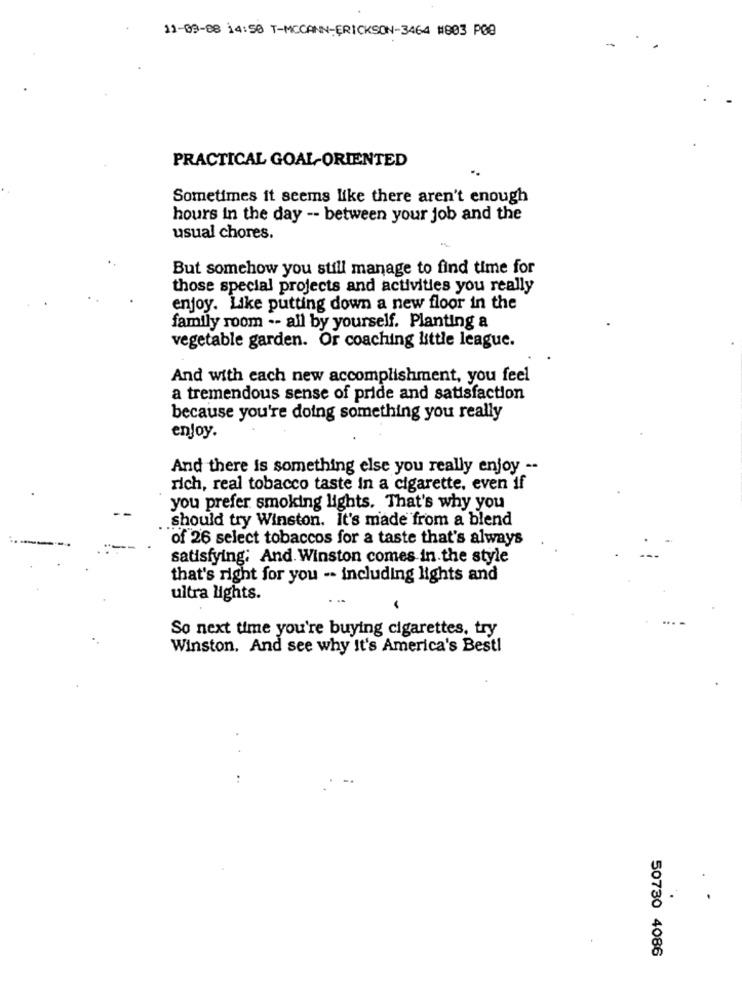
11-09-08 14:50 T-MCCANN-ERICKSON-3464 #803 P00
PRACTICAL GOAL-ORIENTED
Sometimes it seems like there aren't enough
hours in the day -- between your job and the
usual chores.
But somehow you still manage to find time for
those special projects and activities you really
enjoy. Like putting down a new floor in the
family room -- all by yourself. Planting a
vegetable garden. Or coaching little league.
And with each new accomplishment, you feel
a tremendous sense of pride and satisfaction
because you're doing something you really
enjoy.
And there is something else you really enjoy --
rich, real tobacco taste in a cigarette, even if
you prefer smoking lights. That's why you
should try Winston. It's made from a blend
of 26 select tobaccos for a taste that's always
satisfying: And. Winston comes in the style
that's right for you -- including lights and
ultra lights.
So next time you're buying cigarettes, try
Winston, And see why It's America's Bestl
..
50730 4086